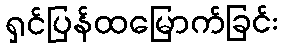
ရှင်ပြန်ထမြောက်ခြင်း